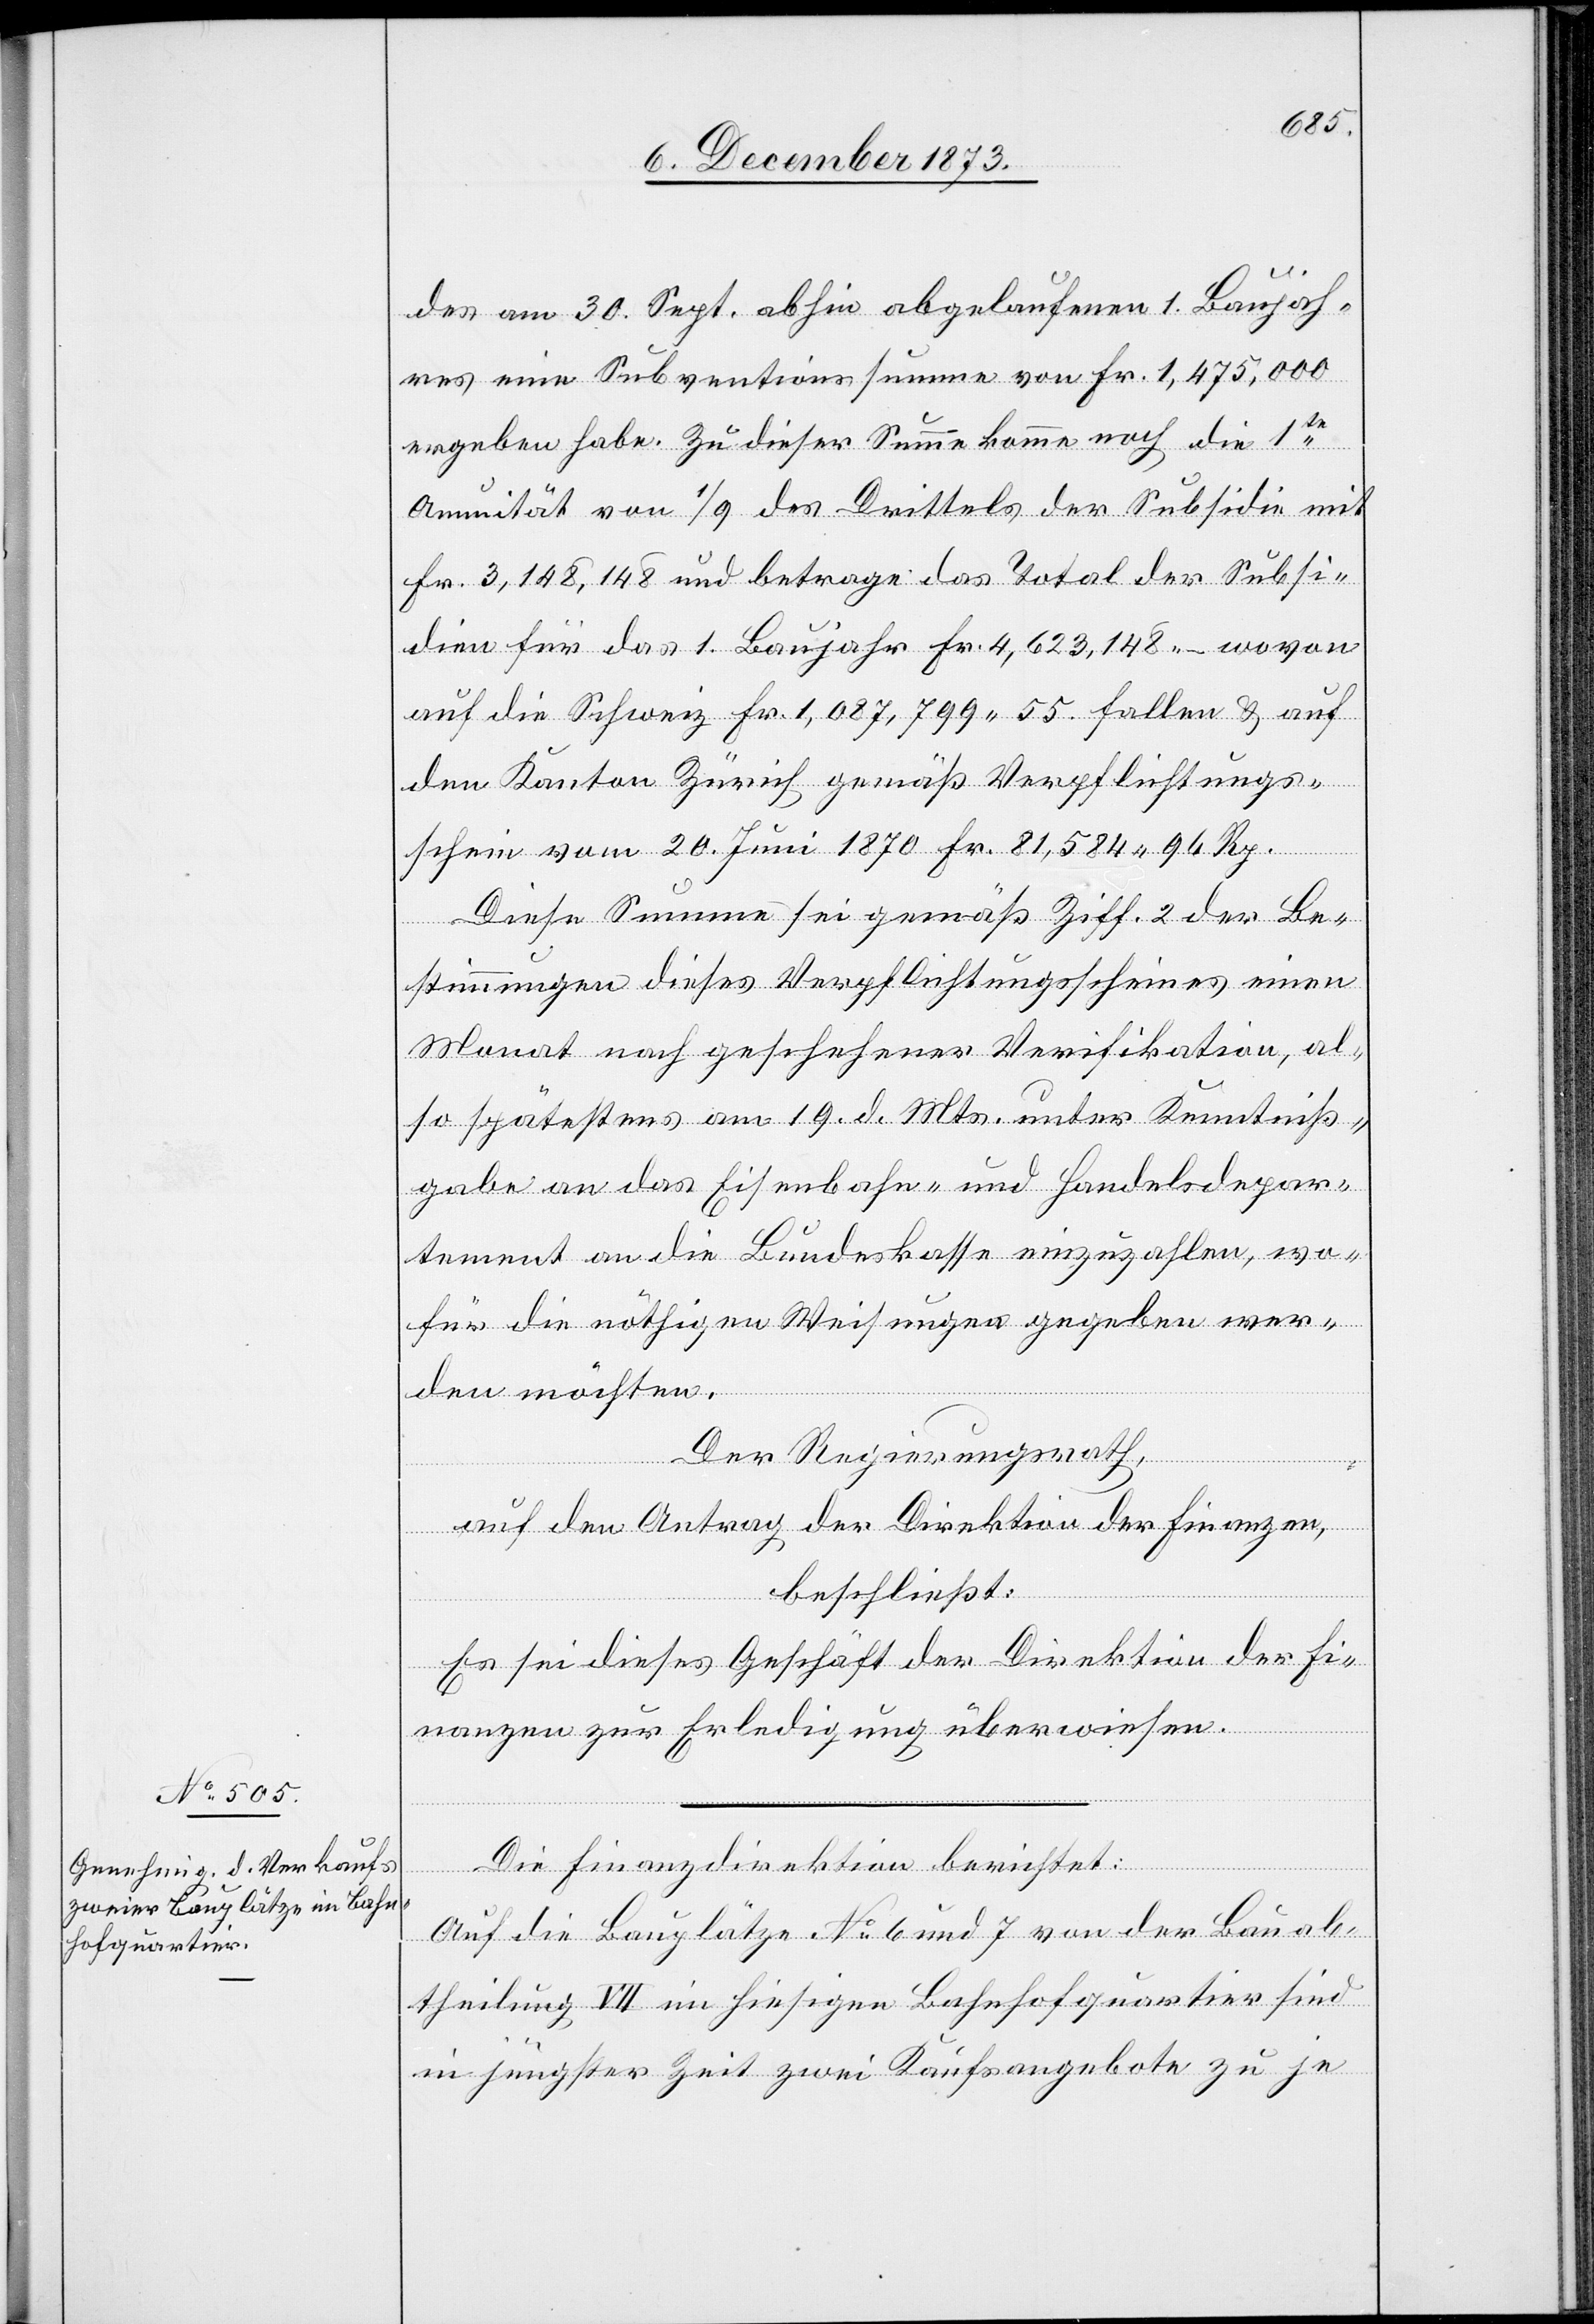
des am 30. Sept. abhin abgelaufenen 1. Baujah¬
res eine Subventionssumme von Fr. 1,475,000
ergeben habe. Zu dieser Summe komme noch die 1te
Annuität von 1/9 des Drittels der Subsidie mit
Fr. 3,148,148 und betrage das Total der Subsi¬
dien für das 1. Baujahr Fr. 4,623,148 – wovon
auf die Schweiz Fr. 1,087,799 55 fallen & auf
den Kanton Zürich gemäß Verpflichtungs¬
schein vom 20. Juni 1870 Fr. 81,584 96 Rp.
Diese Summe sei gemäß Ziff. 2 der Be¬
stimmungen dieses Verpflichtungsscheines einen
Monat nach geschehener Verifikation, al¬
so spätestens am 19. d. Mts. unter Kenntniß¬
gabe an das Eisenbahn- und Handelsdepar¬
tement an die Bundeskasse einzuzahlen, wo¬
für die nöthigen Weisungen gegeben wer¬
den möchten.
Der Regierungsrath,
auf den Antrag der Direktion der Finanzen,
beschließt:
Es sei dieses Geschäft der Direktion der Fi¬
nanzen zur Erledigung überwiesen.
Die Finanzdirektion berichtet:
Auf die Bauplätze No 6 und 7 von der Bauab¬
theilung VII im hiesigen Bahnhofquartier sind
in jüngster Zeit zwei Kaufsangebote zu je